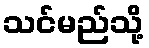
သင်မည်သို့